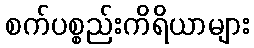
စက်ပစ္စည်းကိရိယာများ